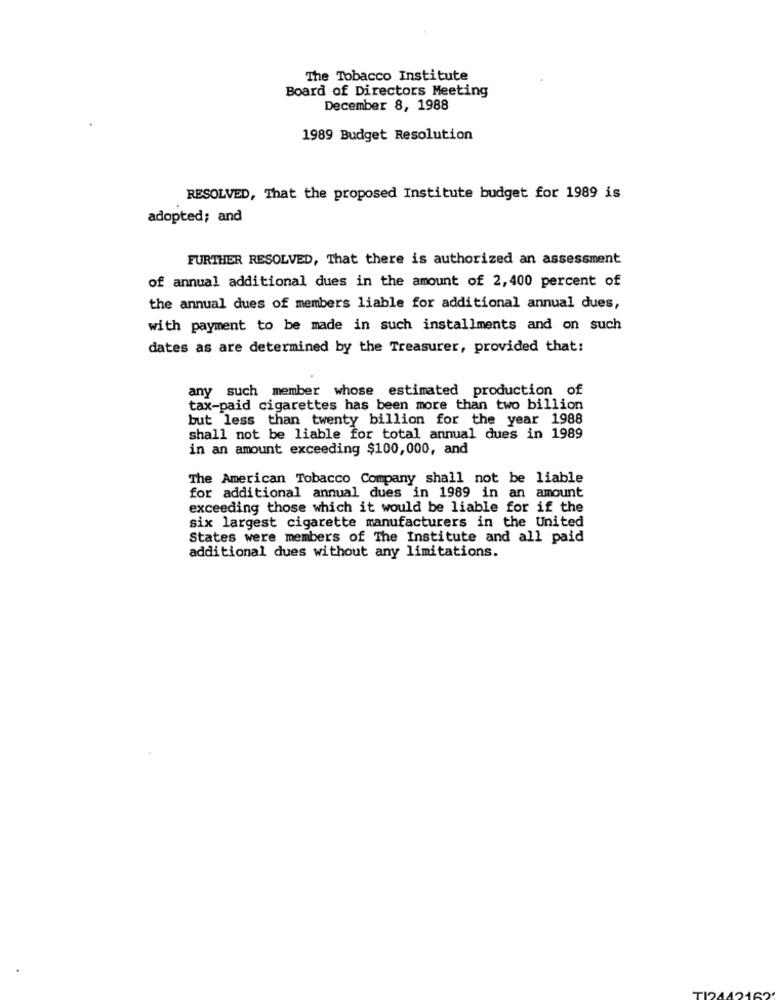
The Tobacco Institute
Board of Directors Meeting
December 8, 1988
1989 Budget Resolution
RESOLVED, That the proposed Institute budget for 1989 is
adopted; and
FURTHER RESOLVED, That there is authorized an assessment
of annual additional dues in the amount of 2,400 percent of
the annual dues of members liable for additional annual dues,
with payment to be made in such installments and on such
dates as are determined by the Treasurer, provided that:
any such member whose estimated production of
tax-paid cigarettes has been more than two billion
but less than twenty billion for the year 1988
shall not be liable for total annual dues in 1989
in an amount exceeding $100,000, and
The American Tobacco Company shall not be liable
for additional annual dues in 1989 in an amount
exceeding those which it would be liable for if the
six largest cigarette manufacturers in the United
States were members of The Institute and all paid
additional dues without any limitations.